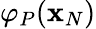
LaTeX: \varphi_{P}(\mathbf{x}_{N})